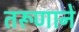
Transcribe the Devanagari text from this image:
तरूणाने